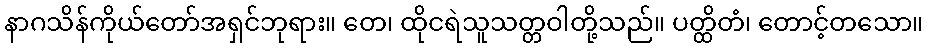
နာဂသိန်ကိုယ်တော်အရှင်ဘုရား။ တေ၊ ထိုငရဲသူသတ္တဝါတို့သည်။ ပတ္ထိတံ၊ တောင့်တသော။